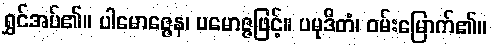
ရွှင်အပ်၏။ ပါမောဇ္ဇေန၊ ပမောဇ္ဇဖြင့်။ ပမုဒိတံ၊ ဝမ်းမြောက်၏။